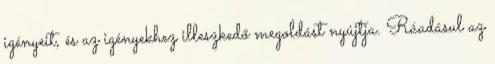
igényeit, és az igényekhez illeszkedő megoldást nyújtja. Ráadásul az